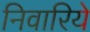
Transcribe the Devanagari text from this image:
निवारिये